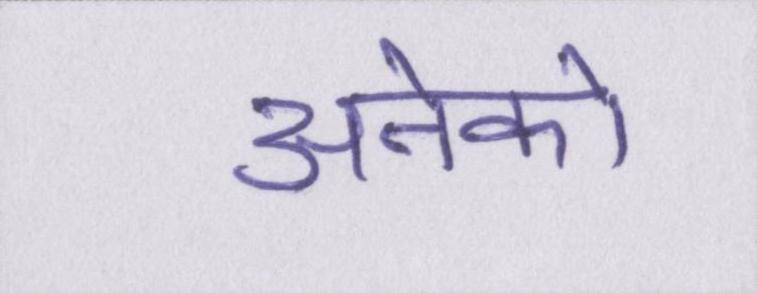
अनेको